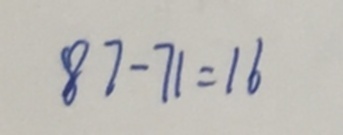
8 7 - 7 1 = 1 6